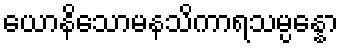
ယောနိသောမနသိကာရသမ္ပန္နော